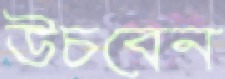
উচবেন